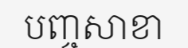
បញ្ចសាខា